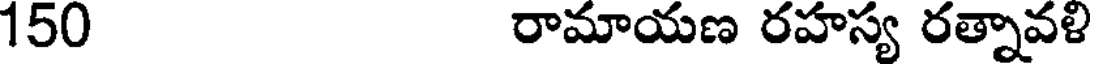
150 రామాయణ రహస్య రత్నావళి